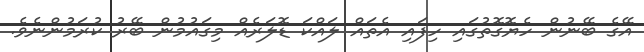
އޭގެ ބޭނުން ހެޔޮގޮތުގައި ހިފައި އެތައް ލައްކަ ޑޮލަރެއް މިގައުމުން ބޭރު ކުރަމުންނެވެ.